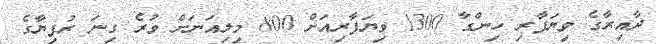
ދާއިރާގެ ވިޔަފާރި ހިންގާ 1300 ވިޔަފާރިއަށް 800 މިލިއަނަށް ވުރެ ގިނަ ރުފިޔާގެ